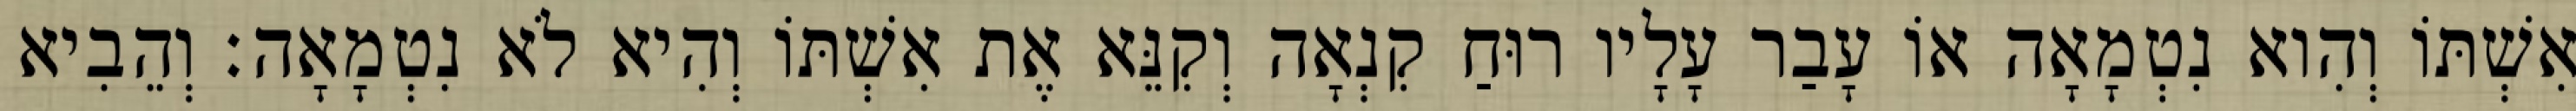
אִשְׁתּוֹ וְהִוא נִטְמָאָה אוֹ עָבַר עָלָיו רוּחַ קִנְאָה וְקִנֵּא אֶת אִשְׁתּוֹ וְהִיא לֹא נִטְמָאָה׃ וְהֵבִיא